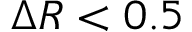
\Delta R < 0 . 5